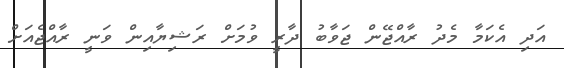
އަދި އެކަމާ މެދު ރާއްޖޭން ޖަވާބު ދާރީ ވުމަށް ރަޝިޔާއިން ވަނީ ރާއްޖެއަށް